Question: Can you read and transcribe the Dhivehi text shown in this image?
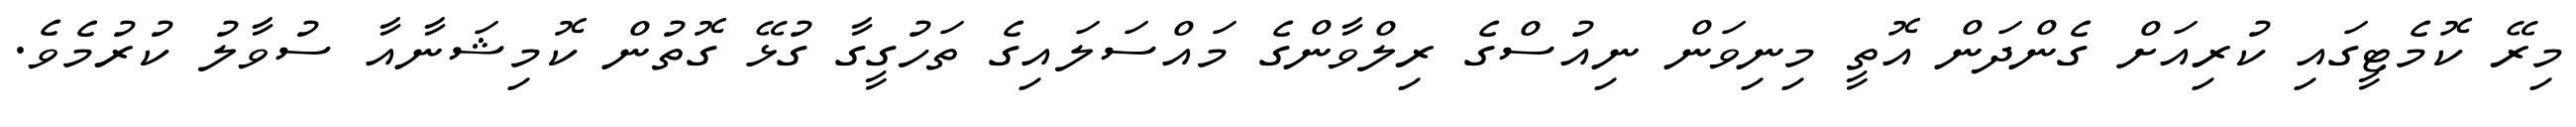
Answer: މިރޭ ކޮމެޓީގައި ކުރިއަށް ގެންދަން އޮތީ މިނިވަން ނިއުސްގެ ރިލްވާންގެ މައްސަލައިގެ ތަހުގީގާ ގުޅޭ ގޮތުން ކޮމިޝަނާއާ ސުވާލު ކުރުމެވެ.